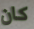
كان